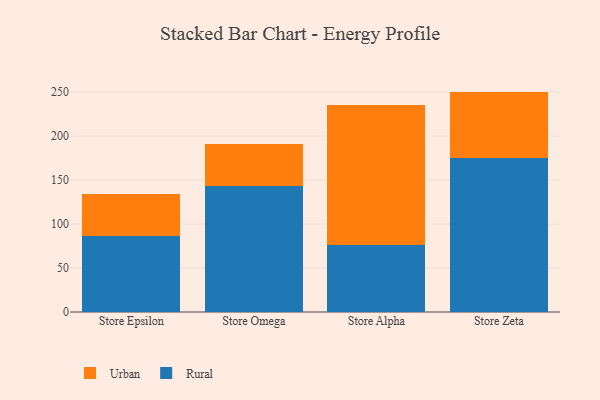
{"axis": {"x": "Store", "y": "Gross Profit (USD K)"}, "legend": ["Rural", "Urban"], "data": [{"x": "Store Epsilon", "y": 85.9, "type": "Rural"}, {"x": "Store Epsilon", "y": 48.0, "type": "Urban"}, {"x": "Store Omega", "y": 143.0, "type": "Rural"}, {"x": "Store Omega", "y": 48.1, "type": "Urban"}, {"x": "Store Alpha", "y": 76.0, "type": "Rural"}, {"x": "Store Alpha", "y": 158.8, "type": "Urban"}, {"x": "Store Zeta", "y": 174.9, "type": "Rural"}, {"x": "Store Zeta", "y": 75.6, "type": "Urban"}]}